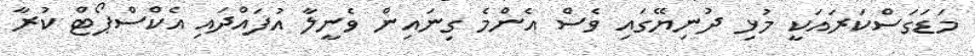
މަޑަގަސްކަރައަކީ މުޅި ދުނިޔޭގައި ވެސް އެންމެ ގިނައިން ވެނީލާ އުފައްދައި އެކްސްޕޯޓް ކުރާ